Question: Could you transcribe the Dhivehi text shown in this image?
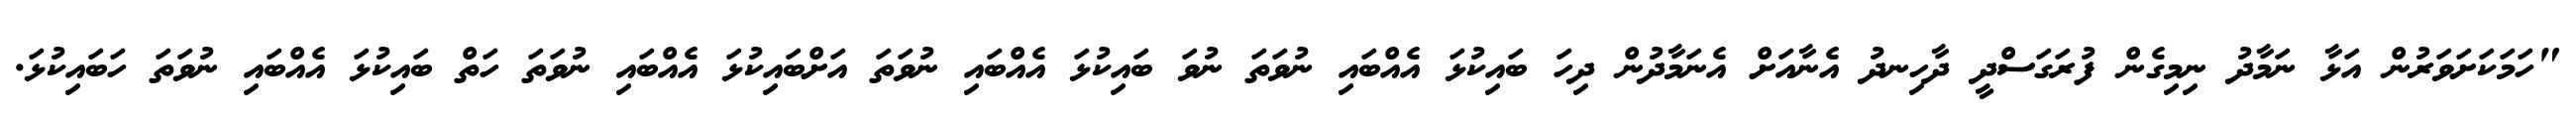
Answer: "ހަމަކަށަވަރުން އަޅާ ނަމާދު ނިމިގެން ފުރަގަސްދީ ދާހިނދު އެނާއަށް އެނަމާދުން ދިހަ ބައިކުޅަ އެއްބައި ނުވަތަ ނުވަ ބައިކުޅަ އެއްބައި ނުވަތަ އަށްބައިކުޅަ އެއްބައި ނުވަތަ ހަތް ބައިކުޅަ އެއްބައި ނުވަތަ ހަބައިކުޅަ.